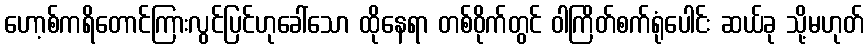
ဟော့စ်ကရိတောင်ကြားလွင်ပြင်ဟုခေါ်သော ထိုနေရာ တစ်ဝိုက်တွင် ဝါကြိတ်စက်ရုံပေါင်း ဆယ်ခု သို့မဟုတ်